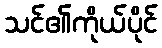
သင်၏ကိုယ်ပိုင်